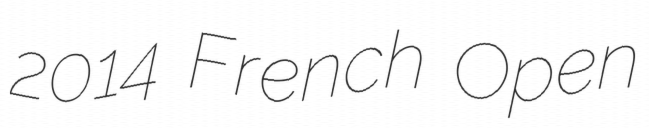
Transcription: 2014 French Open